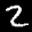
Label: 2